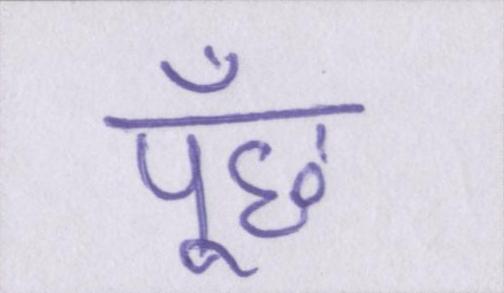
पूँछ